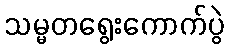
သမ္မတရွေးကောက်ပွဲ